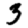
Digit: 3